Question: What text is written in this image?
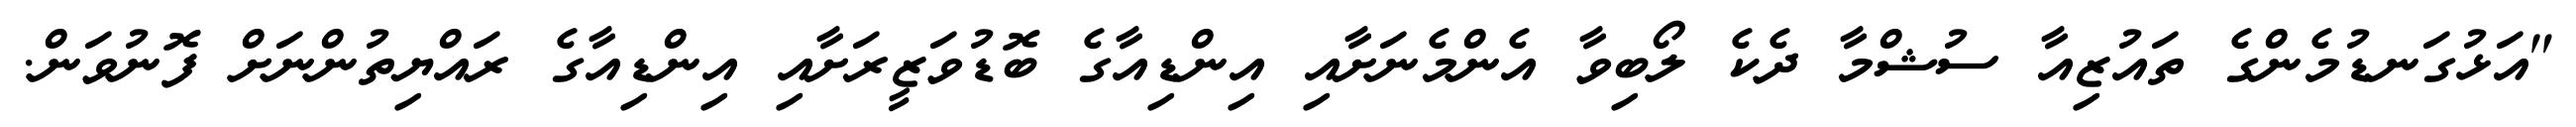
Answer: "އަޅުގަނޑުމެންގެ ތައުޒިއާ ސުޝްމާ ދެކެ ލޯބިވާ އެންމެނަށާއި އިންޑިއާގެ ބޮޑުވަޒީރަށާއި އިންޑިއާގެ ރައްޔިތުންނަށް ފޮނުވަން.